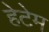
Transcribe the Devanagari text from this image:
हेटेम